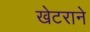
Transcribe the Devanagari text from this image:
खेटराने